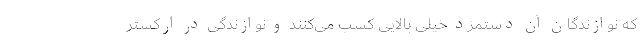
که نوازندگان آن دستمزد خیلی بالایی کسب می‌کنند و نوازندگی در ارکستر